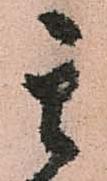
其